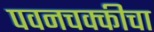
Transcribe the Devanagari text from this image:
पवनचक्कीचा